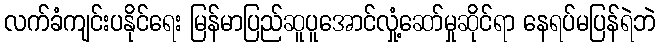
လက်ခံကျင်းပနိုင်ရေး မြန်မာပြည်ဆူပူအောင်လှုံ့ဆော်မှုဆိုင်ရာ နေရပ်မပြန်ရဲဘဲ